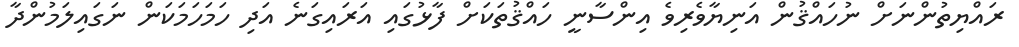
ރައްޔިތުންނަށް ނުހައްޤުން އަނިޔާވެރިވެ އިންސާނީ ހައްޤުތަކަށް ފާޅުގައި އަރައިގަނެ އަދި ހަމަހަމަކަން ނަގައިލަމުންދާ